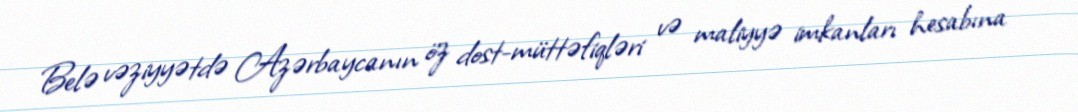
Belə vəziyyətdə Azərbaycanın öz dost-müttəfiqləri və maliyyə imkanları hesabına